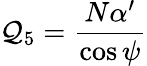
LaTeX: \mathcal{Q}_{5}=\frac{{N\alpha^{\prime}}}{{\cos\psi}}